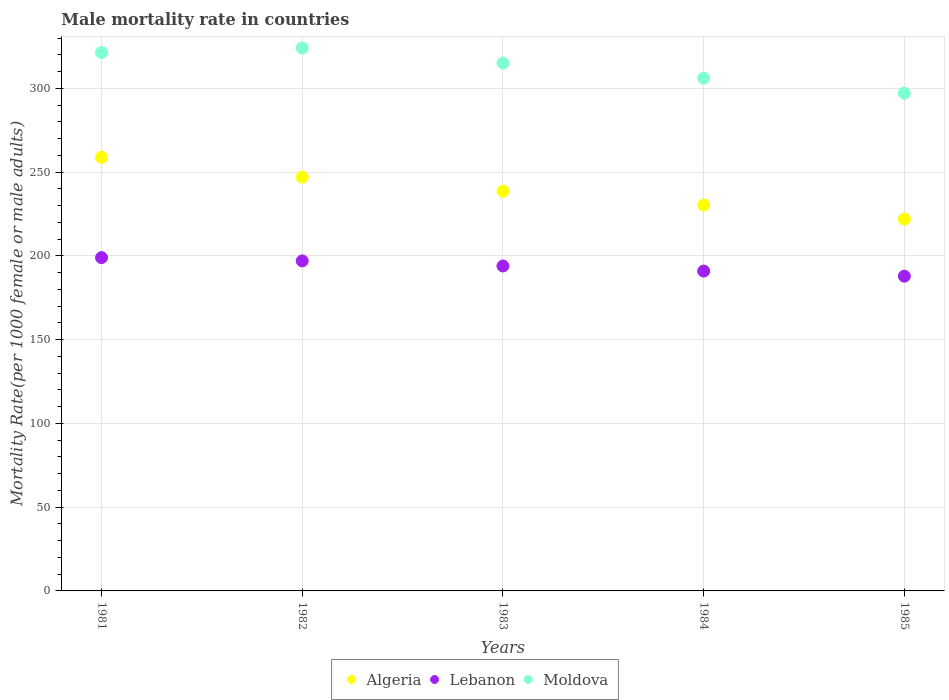
| Years | Algeria | Lebanon | Moldova |
 | --- | --- | --- | --- |
 | 1981 | 259 | 199 | 321 |
 | 1982 | 247 | 197 | 324 |
 | 1983 | 239 | 194 | 315 |
 | 1984 | 230 | 191 | 306 |
 | 1985 | 222 | 188 | 297 |